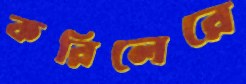
করিলেরে